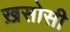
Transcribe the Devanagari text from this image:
ख़सोसी